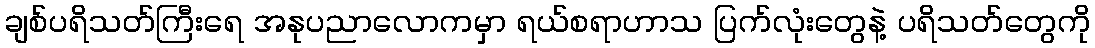
ချစ်ပရိသတ်ကြီးရေ အနုပညာလောကမှာ ရယ်စရာဟာသ ပြက်လုံးတွေနဲ့ ပရိသတ်တွေကို